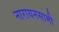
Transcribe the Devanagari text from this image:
नारायनसामी